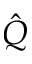
\hat { Q }